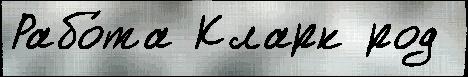
Рабо́та Кларк род